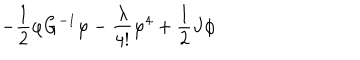
LaTeX: - \frac { 1 } { 2 } \varphi G ^ { - 1 } \varphi - \frac { \lambda } { 4 ! } \varphi ^ { 4 } + \frac { 1 } { 2 } J \phi